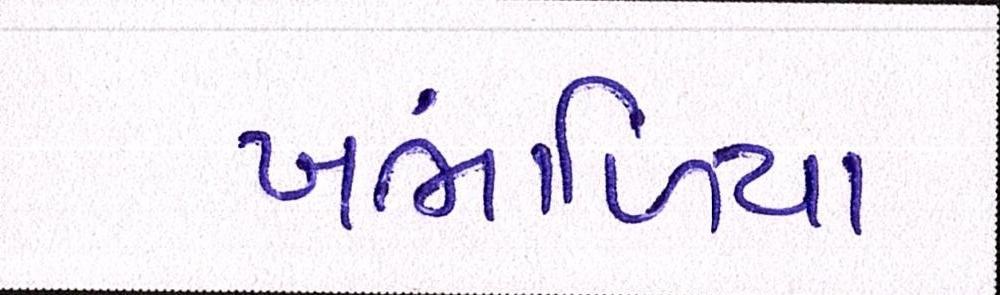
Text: ખંભાળિયા